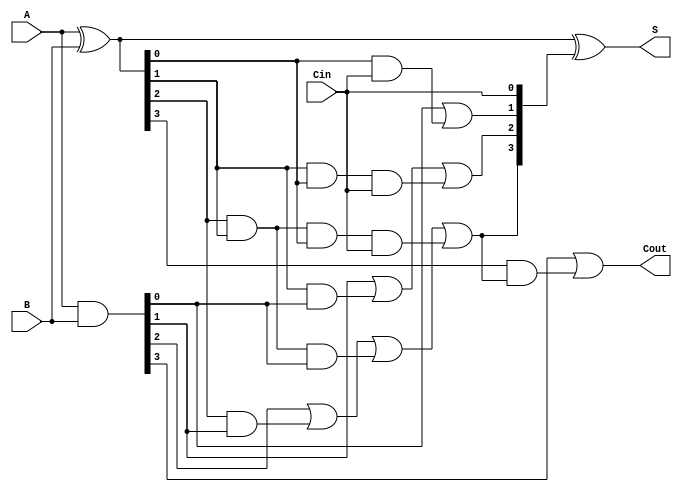
module CarryLookaheadAdder(
    input [3:0] A,        // Input A
    input [3:0] B,        // Input B
    input Cin,            // Carry input
    output [3:0] S,       // Sum output
    output Cout           // Carry output
);

    // Internal wires for generate and propagate signals
    wire [3:0] G;         // Generate signals
    wire [3:0] P;         // Propagate signals
    wire [4:0] C;         // Carry signals

    // Generate and propagate calculations
    assign G = A & B;                  // Generate: Gi = Ai * Bi
    assign P = A ^ B;                  // Propagate: Pi = Ai + Bi (but using XOR for sum calculation)

    // Carry calculations
    assign C[0] = Cin;                 // Initial carry input
    assign C[1] = G[0] | (P[0] & C[0]); // C1
    assign C[2] = G[1] | (P[1] & G[0]) | (P[1] & P[0] & C[0]); // C2
    assign C[3] = G[2] | (P[2] & G[1]) | (P[2] & P[1] & G[0]) | (P[2] & P[1] & P[0] & C[0]); // C3
    assign Cout = G[3] | (P[3] & C[3]);  // Carry out

    // Sum calculation
    assign S = P ^ C[3:0];              // Sum: Si = Pi XOR Ci

endmodule